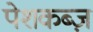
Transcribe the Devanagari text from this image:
पेशकब्ज़